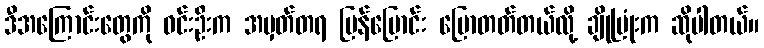
ဒီအကြောင်းတွေကို ဝင်းဦးက အမှတ်တရ ပြန်ပြောင်း ပြောတတ်တယ်လို့ ချိုပြုံးက ဆိုပါတယ်။